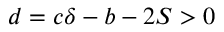
d = c \delta - b - 2 S > 0